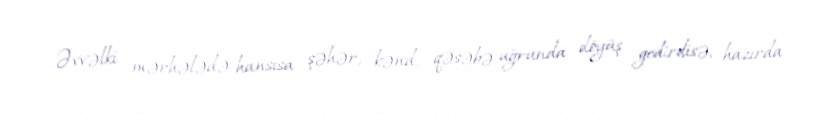
Əvvəlki mərhələdə hansısa şəhər, kənd, qəsəbə uğrunda döyüş gedirdisə, hazırda